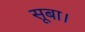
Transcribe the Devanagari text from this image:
सूबा।